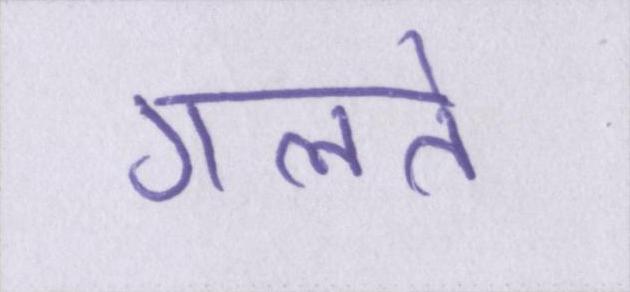
गलते